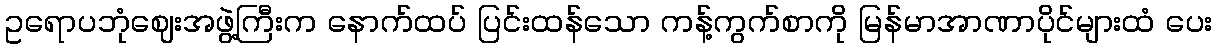
ဥရောပဘုံဈေးအဖွဲ့ကြီးက နောက်ထပ် ပြင်းထန်သော ကန့်ကွက်စာကို မြန်မာအာဏာပိုင်များထံ ပေး